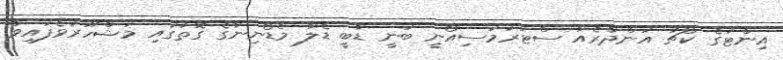
އިންޓަގެ ކޯޗު އަންދްރެއާ ސްޓަރަމަސިއޯނީ ބުނީ ޑާބީ ޑެލާ މެޑޯނިނާގެ ގޮތުގައި މަޝްހޫރުވެފައިވާ